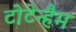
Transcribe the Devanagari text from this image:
टोटेन्हैम